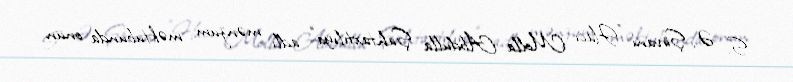
S. Ə. Şirvanı "Hacı Molla Abdulla Şahtaxtılıya" adlı mənzum məktubunda onun